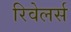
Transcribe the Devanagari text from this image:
रिवेलर्स